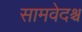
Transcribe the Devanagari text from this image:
सामवेदश्च